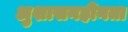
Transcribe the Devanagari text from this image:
अुशासनहीनता